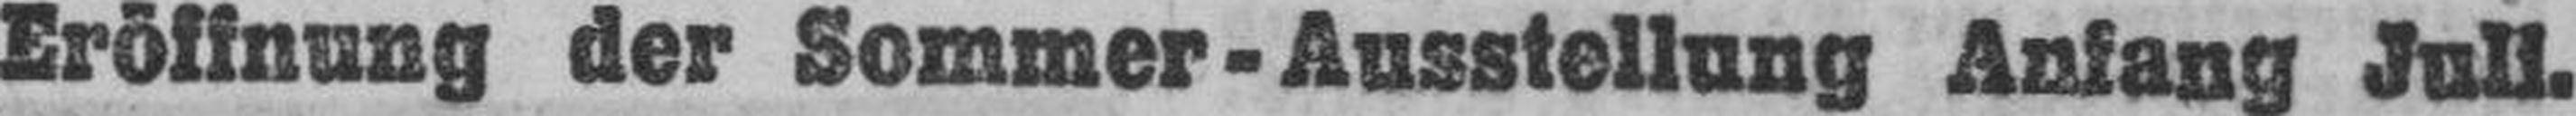
Eröffnung der Sommer - Ausstellung Anfang Juli.